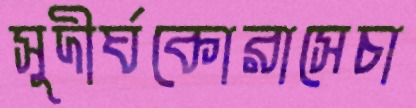
সুদীর্ঘকোরাসেচা